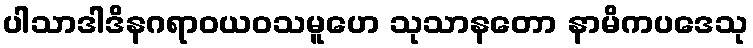
ပါသာဒါဒိနဂရာဝယဝသမူဟေ သုသာနတော နာမိကပဒေသု